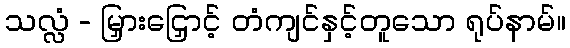
သလ္လံ - မြှားငြှောင့် တံကျင်နှင့်တူသော ရုပ်နာမ်။